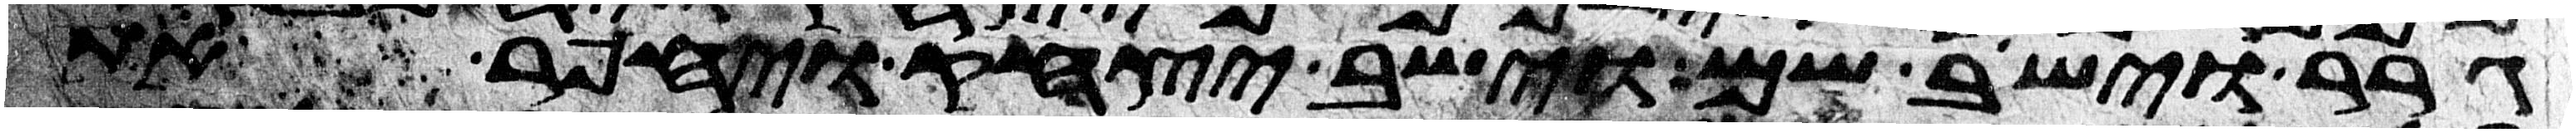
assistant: גרר וישב שם וישב יצחק ויחפר את